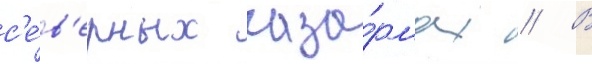
с'е́в'ерных каза́рмах // В